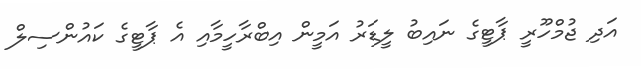
އަދި ޖުމްހޫރީ ޕާޓީގެ ނައިބު ލީޑަރު އަމީން އިބްރާހީމާއި އެ ޕާޓީގެ ކައުންސިލް